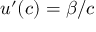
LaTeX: u ^ { \prime } ( c ) = \beta / c